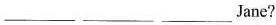
___ ___ ___Jane?